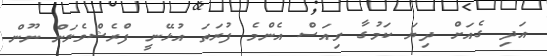
އަދި ގެއަށް ދިޔަ ކަމުގާ ވިއަސް އެންމެ ފުރަތަ އުޅޭނީ ފްރެޝްވެލަން ނޫން